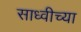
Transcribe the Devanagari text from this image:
साध्वीच्या